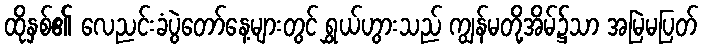
ထိုနှစ်၏ လေညင်းခံပွဲတော်နေ့များတွင် ရွှယ်ဟွားသည် ကျွန်မတို့အိမ်၌သာ အမြဲမပြတ်